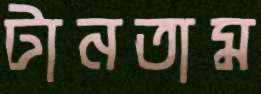
টানতাম